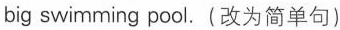
big swimming pool.(改为简单句)